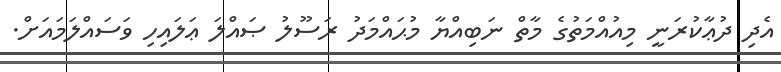
އެދި ދުޢާކުރަނީ މިއުއްމަތުގެ މާތް ނަބިއްޔާ މުޙައްމަދު ރަސޫލު ޞައްލަ ޢަލައިހި ވަސައްލަމައަށް.